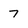
Character: 7